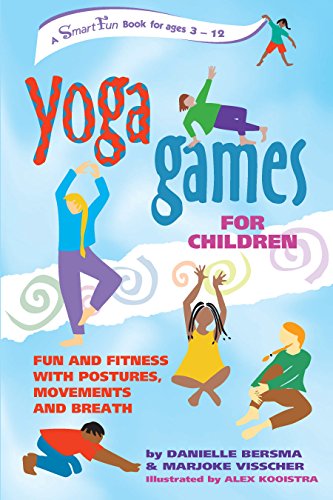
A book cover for Yoga Games for Children: Fun and Fitness with Postures, Movements and Breath (SmartFun Activity Books); Danielle Bersma; Health, Fitness & Dieting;